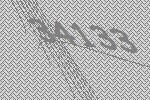
34133